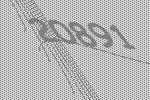
20891